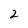
Character: 2